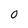
Character: 0